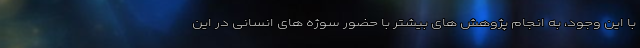
با این وجود، به انجام پژوهش های بیشتر با حضور سوژه های انسانی در این